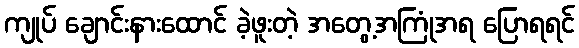
ကျုပ် ချောင်းနားထောင် ခဲ့ဖူးတဲ့ အတွေ့အကြုံအရ ပြောရရင်